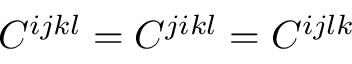
C ^ { i j k l } = C ^ { j i k l } = C ^ { i j l k }